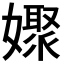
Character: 𡣞